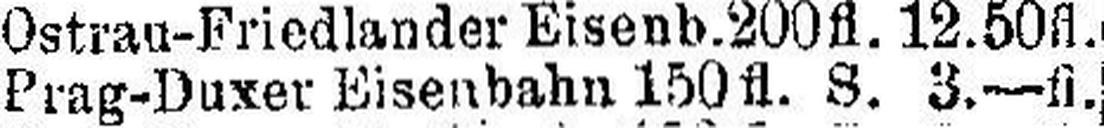
Prag-Duxer Eisenbahn 150 fl. S. 3.—fl.